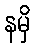
နမှိ